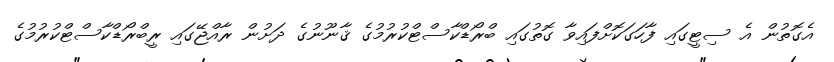
އެގޮތުން އެ ސިޓީގައި ފާހަގަކޮށްފައިވާ ގޮތުގައި ބްރޯޑްކާސްޓްކުރުމުގެ ޤާނޫނުގެ ދަށުން ރާއްޖޭގައި ރީބްރޯޑްކާސްޓްކުރުމުގެ